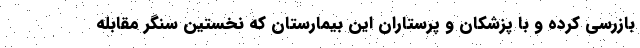
بازرسی کرده و با پزشکان و پرستاران این بیمارستان که نخستین سنگر مقابله